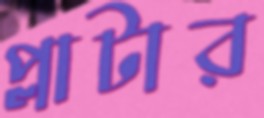
প্লাটার